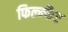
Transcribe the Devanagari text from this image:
फिल्म्फैर